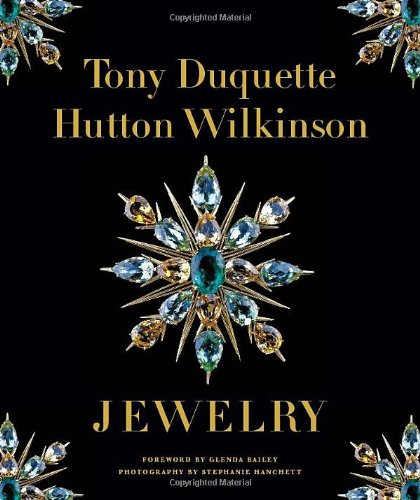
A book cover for Tony Duquette Jewelry; Hutton Wilkinson; Crafts, Hobbies & Home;